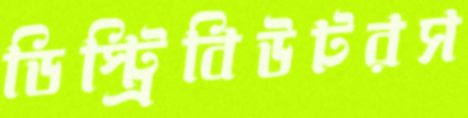
ডিস্ট্রিবিউটরস